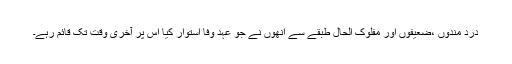
درد مندوں ،ضعیفوں اور مفلوک الحال طبقے سے انھوں نے جو عہد وفا استوار کیا اس پر آخری وقت تک قائم رہے۔